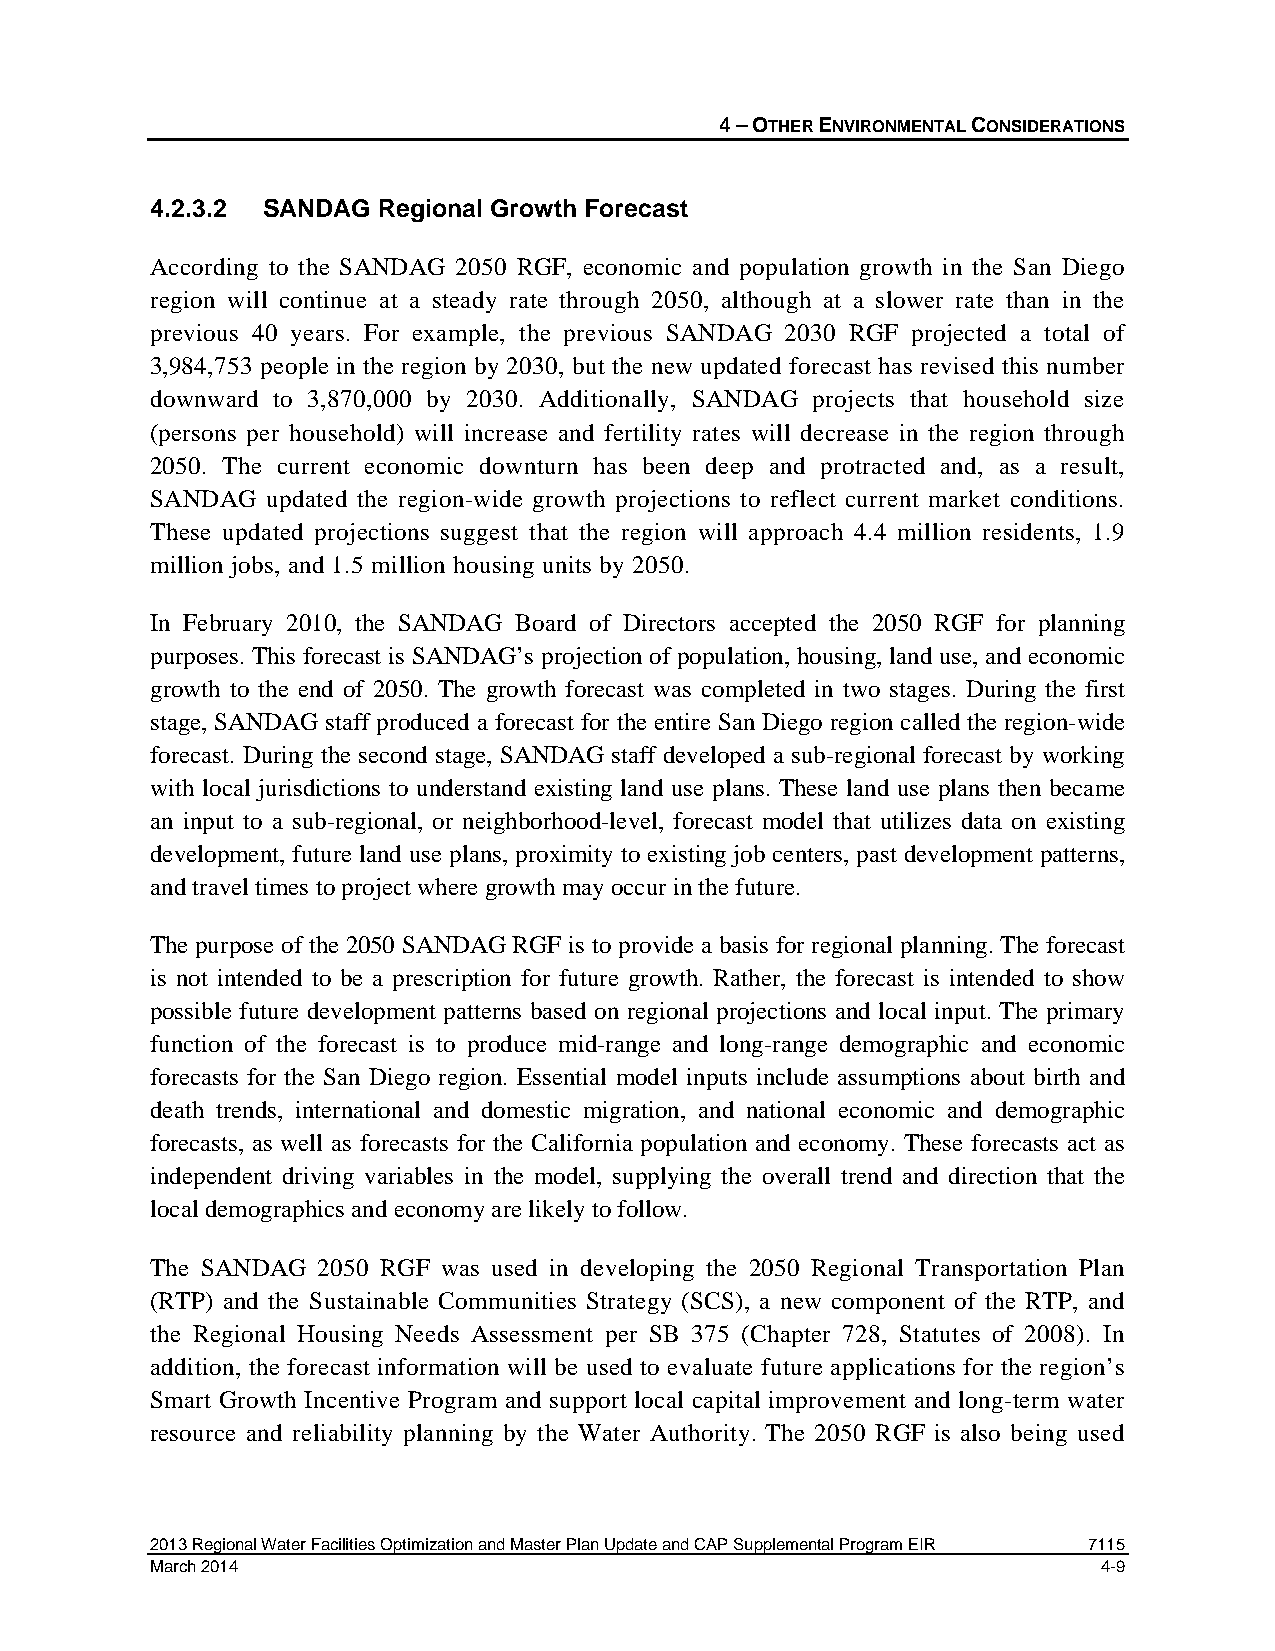
4 – OTHER ENVIRONMENTAL CONSIDERATIONS
 4.2.3.2 SANDAG Regional Growth Forecast
 According to the SANDAG 2050 RGF, economic and population growth in the San Diego
 region will continue at a steady rate through 2050, although at a slower rate than in the
 previous 40 years. For example, the previous SANDAG 2030 RGF projected a total of
 3,984,753 people in the region by 2030, but the new updated forecast has revised this number
 downward to 3,870,000 by 2030. Additionally, SANDAG projects that household size
 (persons per household) will increase and fertility rates will decrease in the region through
 2050. The current economic downturn has been deep and protracted and, as a result,
 SANDAG  updated the region-wide growth projections to reflect current market conditions.
 These updated projections suggest that the region will approach 4.4 million residents, 1.9
 million jobs, and 1.5 million housing units by 2050.
 In February 2010, the SANDAG Board of Directors accepted the 2050 RGF for planning
 purposes. This forecast is SANDAG’s projection of population, housing, land use, and economic
 growth to the end of 2050. The growth forecast was completed in two stages. During the first
 stage, SANDAG staff produced a forecast for the entire San Diego region called the region-wide
 forecast. During the second stage, SANDAG staff developed a sub-regional forecast by working
 with local jurisdictions to understand existing land use plans. These land use plans then became
 an input to a sub-regional, or neighborhood-level, forecast model that utilizes data on existing
 development, future land use plans, proximity to existing job centers, past development patterns,
 and travel times to project where growth may occur in the future.
 The purpose of the 2050 SANDAG RGF is to provide a basis for regional planning. The forecast
 is not intended to be a prescription for future growth. Rather, the forecast is intended to show
 possible future development patterns based on regional projections and local input. The primary
 function of the forecast is to produce mid-range and long-range demographic and economic
 forecasts for the San Diego region. Essential model inputs include assumptions about birth and
 death trends, international and domestic migration, and national economic and demographic
 forecasts, as well as forecasts for the California population and economy. These forecasts act as
 independent driving variables in the model, supplying the overall trend and direction that the
 local demographics and economy are likely to follow.
 The SANDAG 2050 RGF was used in developing the 2050 Regional Transportation Plan
 (RTP) and the Sustainable Communities Strategy (SCS), a new component of the RTP, and
 the Regional Housing Needs Assessment per SB 375 (Chapter 728, Statutes of 2008). In
 addition, the forecast information will be used to evaluate future applications for the region’s
 Smart Growth Incentive Program and support local capital improvement and long-term water
 resource and reliability planning by the Water Authority. The 2050 RGF is also being used
 2013 Regional Water Facilities Optimization and Master Plan Update and CAP Supplemental Program EIR 7115
 March 2014                                                     4-9